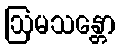
ဩမသန္တော